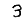
Digit: 3